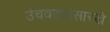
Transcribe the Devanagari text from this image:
उंचवट्यासारखे